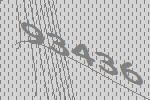
93436